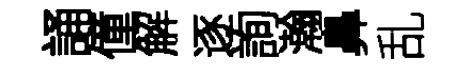
誦僮解逐詢瀚鼻乱